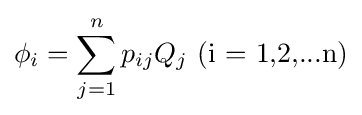
\phi _{i}=\sum _{j=1}^{n}p_{ij}Q_{j}{\mbox{    (i = 1,2,...n)}}